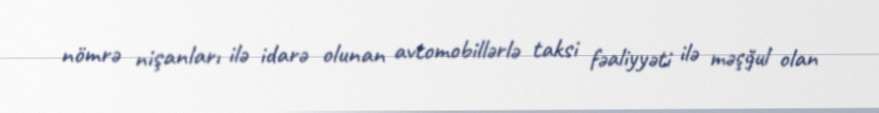
nömrə nişanları ilə idarə olunan avtomobillərlə taksi fəaliyyəti ilə məşğul olan